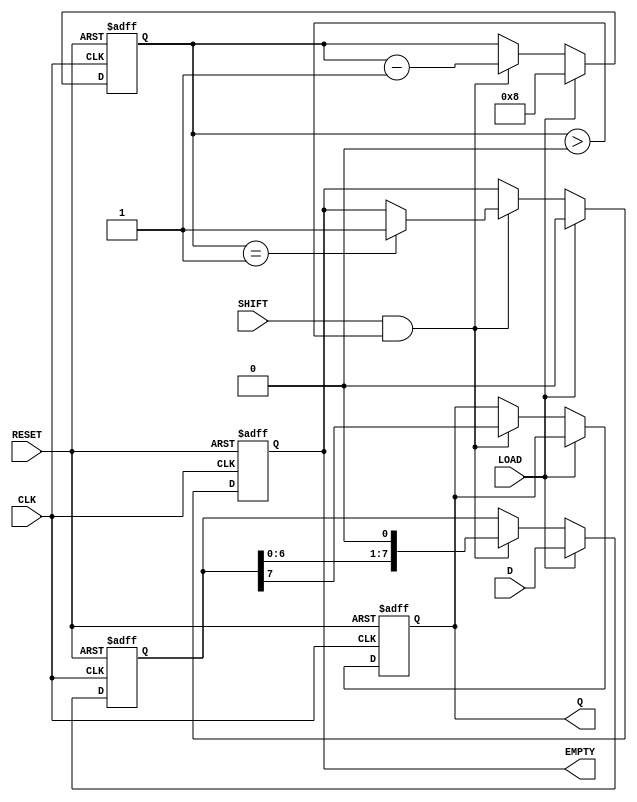
module PISO_Register #(
    parameter WIDTH = 8  // Set the width of the register
) (
    input  wire [WIDTH-1:0] D,     // Parallel data input
    input  wire LOAD,                // Load control signal
    input  wire SHIFT,               // Shift control signal
    input  wire CLK,                 // Clock signal
    input  wire RESET,               // Asynchronous reset signal
    output reg  Q,                   // Serial output
    output reg  EMPTY                // Empty signal
);

    // Internal register to store parallel data
    reg [WIDTH-1:0] shift_reg;
    reg [3:0] counter; // Counter to track the number of bits shifted out

    // Synchronous block for loading data and shifting
    always @(posedge CLK or posedge RESET) begin
        if (RESET) begin
            // Clear the shift register and output on reset
            shift_reg <= 0;
            Q <= 0;
            EMPTY <= 1; // Initially empty after reset
            counter <= 0;
        end else begin
            if (LOAD) begin
                // Load data into the shift register
                shift_reg <= D;
                counter <= WIDTH; // Set counter to the width of the data
                EMPTY <= 0; // Data is present
            end else if (SHIFT && (counter > 0)) begin
                // Shift out the data serially
                Q <= shift_reg[WIDTH-1]; // Output the MSB
                shift_reg <= {shift_reg[WIDTH-2:0], 1'b0}; // Shift left
                counter <= counter - 1; // Decrement the counter

                // Check if the register is empty after shifting
                if (counter == 1) begin
                    EMPTY <= 1; // Set empty signal if no more data
                end
            end
        end
    end

endmodule